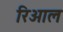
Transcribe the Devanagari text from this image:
रिआल